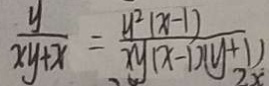
\frac { y } { x y + x } = \frac { y ^ { 2 } ( x - 1 ) } { x y ( x - 1 ) ( y + 1 ) }